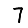
Digit: 7